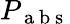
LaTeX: P_{\mathrm{~a~b~s~}}